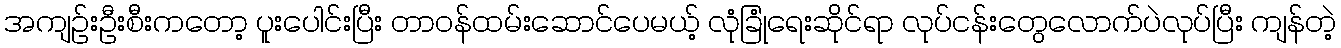
အကျဉ်းဦးစီးကတော့ ပူးပေါင်းပြီး တာဝန်ထမ်းဆောင်ပေမယ့် လုံခြုံရေးဆိုင်ရာ လုပ်ငန်းတွေလောက်ပဲလုပ်ပြီး ကျန်တဲ့